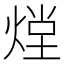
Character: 𭵏